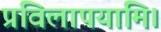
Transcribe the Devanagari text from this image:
प्रविलापयामि।